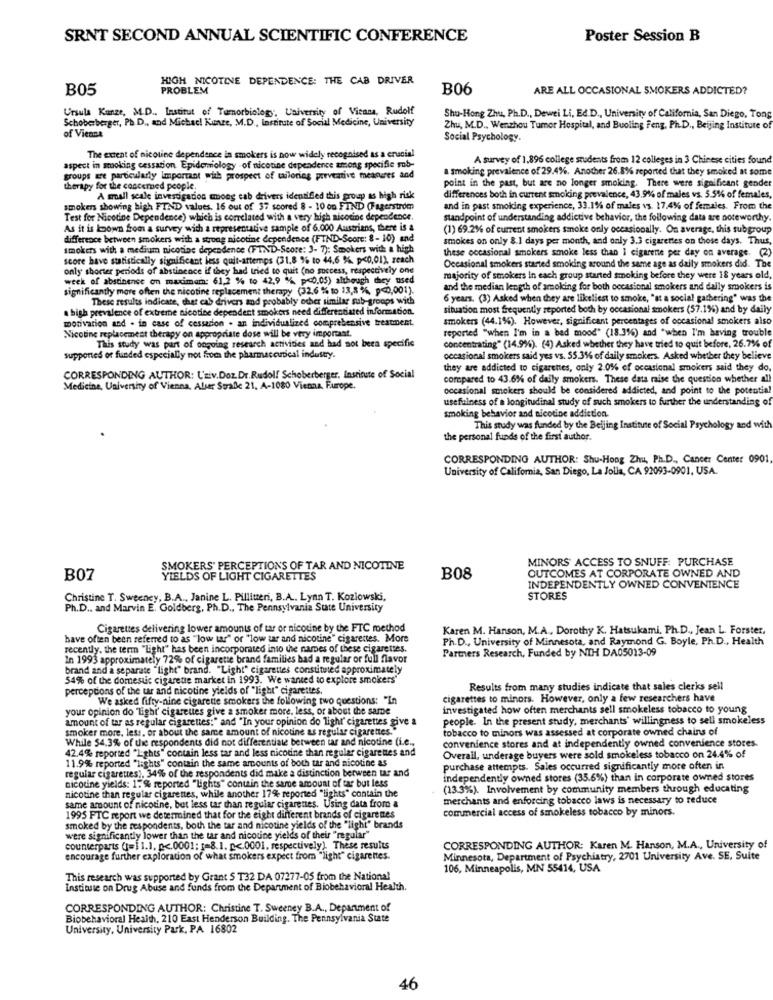
SENT SECOND ANNUAL SCIENTIFIC CONFERENCE
Poster Session B
HIGH NICOTINE DEPENDENCE: THE CAB DRIVER
B05
PROBLEM
B06
ARE ALL OCCASIONAL SMOKERS ADDICTED?
Ursula Kanze, M.D ., Institut of Tomorbiology, University of Vicama, Rudolf
Schoberberger, Ph.D ., and Michacl Kunze, M.D ., Institute of Social Medicine, University
Shu-Hong Zhu, Ph.D ., Dewei Li, Ed.D ., University of California, San Diego, Tong
of Vienna
Zhu, M.D ., Wenzhou Tumor Hospital, and Buoling Feng, Ph.D ., Beijing Institute of
Social Psychology.
The extent of nicotine dependence in smokers is now widely recognised as a crucial
A survey of 1.896 college students from 12 colleges in 3 Chinese cities found
aspect in smoking cessation Epidemiology -of nicotine dependence among specifie sob-
a smoking prevalence of 29.4%. Another 26.8% reported that they smoked at some
groups are particularly Important with prospect of tailoring preventive meaneres and
point in the past, but are no longer smoking. There were significant gender
therapy for the concerned people.
A small scale investigation mmoeg cab drivers identified this group as high risk
differences both in current smoking prevalence, 43.9% of males vs. 5.5%% of females,
smokers showing high FIND values. 16 out of 37 scored 8 - 10 on FIND (Fagerstrom
and in past smoking experience, 33.1% of males vs. 17,4% of females. From the
Test for Nicotine Dependence) which is correlated with a very high nicotine dependence.
standpoint of understanding addictive behavior, the following data are noteworthy.
As it is loown from a survey with a representative sample of 6.000 Austrians, there is a
(1) 69.2% of current smokers smoke only occasionally. On average, this subgroup
difference between smokers with a strong nicotine dependence (FIND-Score: 8 - 10) and
smokes on only 8.1 days per month, and only 3.3 cigarettes on those days. Thus,
smokers with a medium nicotine dependence (FIND-Score: 3- 7): Smokers with a high
score have statistically significant less quit-attemps (31,8 % to 44.6 % p<0,01), reach
these occasional smokers smoke less than I cigarene per day on average. (2)
only shorter periods of abstinence if they had tried to quit (no success, respectively one
Occasional smokers started smoking around the same age as daily smokers did. The
week of abstinence on maximam: 61,2 % to 42,9 %% p << 0,05) although they used
majority of smokers in each group started smoking before they were 18 years old,
significantly more often the nicotine replacement therapy (32,6 % to 13,8 %, p<0,001).
and the median length of smoking for both occasional smokers and dally smokers is
These results indicate, chat cab drivers and probably other similar sub-groups with
6 years. (3) Asked when they are likeliest to smoke, "at a social gathering" was the
a high prevalence of extreme nicotine dependent smokers need differentiated information.
situation most frequently reported both by occasional smokers (57.1%) and by daily
motivation and . in case of cessation . an individualized comprehensive treatment.
smokers (44.1%). However, significant percentages of occasional smokers also
Nicotine replacement therapy on appropriate dose will be very important.
reported "when I'm in a bad mood" (18.3%) and "when I'm having trouble
This study was part of ongoing research activities and had not beea specific
concentrating" (14.9%). (4) Asked whether they have tried to quit before, 26.7% of
supported of funded especially not from the pharmaceutical industry.
occasional smokers said yes vs. 55.3%% of daily smokers. Asked whether they believe
they are addicted to cigarettes, only 2.0% of occasional smokers said they do
CORRESPONDING AUTHOR: Univ.Doz Dr. Rudolf Schoberberger, Institute of Social
compared to 43.6% of daily smokers. These data raise the question whether all
Medicine, University of Vienna, Alur Suralle 21, A-1080 Vienna, Furope.
occasional smokers should be considered addicted, and point to the potential
usefulness of a longitudinal study of such smokers to further the understanding of
smoking behavior and nicotine addiction.
This study was funded by the Beijing Institute of Social Psychology and with
the personal funds of the first author.
CORRESPONDING AUTHOR: Shu-Hong Zhu, Ph.D ., Cancer Center 0901
University of California, San Diego, La Jolie, CA 92093-0901, USA.
MINORS ACCESS TO SNUFF: PURCHASE
SMOKERS' PERCEPTIONS OF TAR AND NICOTINE
B07
YIELDS OF LIGHT CIGARETTES
B08
OUTCOMES AT CORPORATE OWNED AND
INDEPENDENTLY OWNED CONVENIENCE
Christine T. Sweeney, B.A ., Janine L. Pilliten, B.A. Lynn T. Kozlowski,
STORES
Ph.D ., and Marvin E. Goldberg, Ph.D ., The Pennsylvania State University
Cigarettes delivering lower amounts of tar or nicotine by the FTC method
Karen M. Hanson, M.A ., Dorothy K. Hatsukami, Ph.D ., Jean L. Forster,
have often been referred to as "low tar" or "low tar and nicotine" cigarettes. More
Ph.D ., University of Minnesota, and Raymond G. Boyle, Ph.D ., Health
recently. the term "Light" has been incorporated into the names of these cigarettes,
Partners Research, Funded by NTH DA05013-09
In 1993 approximately 72% of cigarette brand families had a regular or full flavor
brand and a separate "light" brand. "Light" cigarettes constituted approximately
54% of the domesuc cigarette market in 1993. We wanted to explore smokers'
perceptions of the tar and nicotine yields of "light" cigarettes.
Results from many studies indicate that sales clerks sell
We asked fifty-nine cigarette smokers the following two questions: "In
cigarettes to minors. However, only a few researchers have
your opinion do "light' cigarettes give a smoker more, less, or about the same
investigated how often merchants sell smokeless tobacco to young
amount of tar as regular cigarettes:" and "In your opinion do light' cigarettes give a
people. In the present study, merchants' willingness to sell smokeless
smoker more. less, or about the same amount of nicotine as regular cigarettes."
tobacco to minors was assessed at corporate owned chains of
While $4.3% of the respondents did not differentiate between iar and nicotine (i.e .,
convenience stores and at independently owned convenience stores.
42.4% reported "Lights" contain less tar and less nicodne than regular cigarettes and
11.9% reported "lights" contain the same amounts of both tar and nicotine as
Overall, underage buyers were sold smokeless tobacco on 24.4% of
regular cigarettes), 34% of the respondents did make a distinction between tar and
purchase attempts. Sales occurred significantly more often in
nicotine yields: 15% reported "lights" contain the same amount of tar but less
Independently owned stores (35.6%) than in corporate owned stores
nicotine than regular cigarettes, while another 17% reported "lights" contain the
(13.3%). Involvement by community members through educating
merchants and enforcing tobacco laws is necessary to reduce
same amount of nicotine, but less tar than regular cigarettes. Using data from a
commercial access of smokeless tobacco by minors.
1995 FTC report we determined that for the eight different brands of cigarenes
smoked by the respondents, both the tar and nicotine yields of the "light" brands
were significantly lower than the tar and nicotine yields of their "regular"
counterparts (1=11.1. p <. 0001: [=8.1. p <. 0001, respectively). These results
CORRESPONDING AUTHOR: Karen M. Hanson, M.A ., University of
encourage further exploration of what smokers expect from "light" cigarettes.
Minnesota, Department of Psychiatry, 2701 University Ave. SE, Suite
106, Minneapolis, MN 55414, USA
This research was supported by Grant S T32 DA 07277-05 from the National
Institute on Drug Abuse and funds from the Department of Biobehavioral Health.
CORRESPONDING AUTHOR: Christine T. Sweeney B.A ., Department of
Biobehavioral Health, 210 East Henderson Building. The Pennsylvania State
University, University Park, PA 16802
46